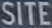
SITEL